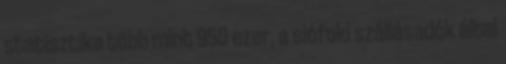
statisztika több mint 950 ezer, a siófoki szállásadók által